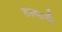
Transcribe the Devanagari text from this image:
तल्वानी